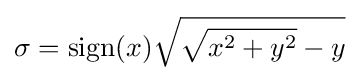
\sigma =\operatorname {sign} (x){\sqrt {{\sqrt {x^{2}+y^{2}}}-y}}